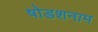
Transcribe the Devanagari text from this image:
षोडशनाम